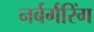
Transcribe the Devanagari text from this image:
नर्बर्गरिंग